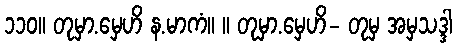
၁၁၀။ တုမှာ.မှေဟိ န.မာကံ။ ။ တုမှာ.မှေဟိ- တုမှ အမှသဒ္ဒါ